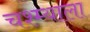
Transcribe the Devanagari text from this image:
चश्म्याला